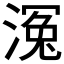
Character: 𣹠